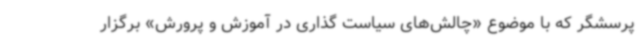
پرسشگر که با موضوع «چالش‌های سیاست گذاری در آموزش و پرورش» برگزار